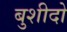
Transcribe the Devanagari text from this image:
बुशीदो